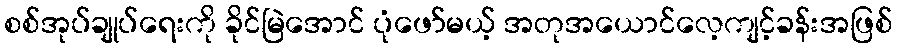
စစ်အုပ်ချုပ်ရေးကို ခိုင်မြဲအောင် ပုံဖော်မယ့် အတုအယောင်လေ့ကျင့်ခန်းအဖြစ်